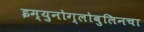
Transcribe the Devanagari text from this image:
इम्युनोग्लोबुलिनचा